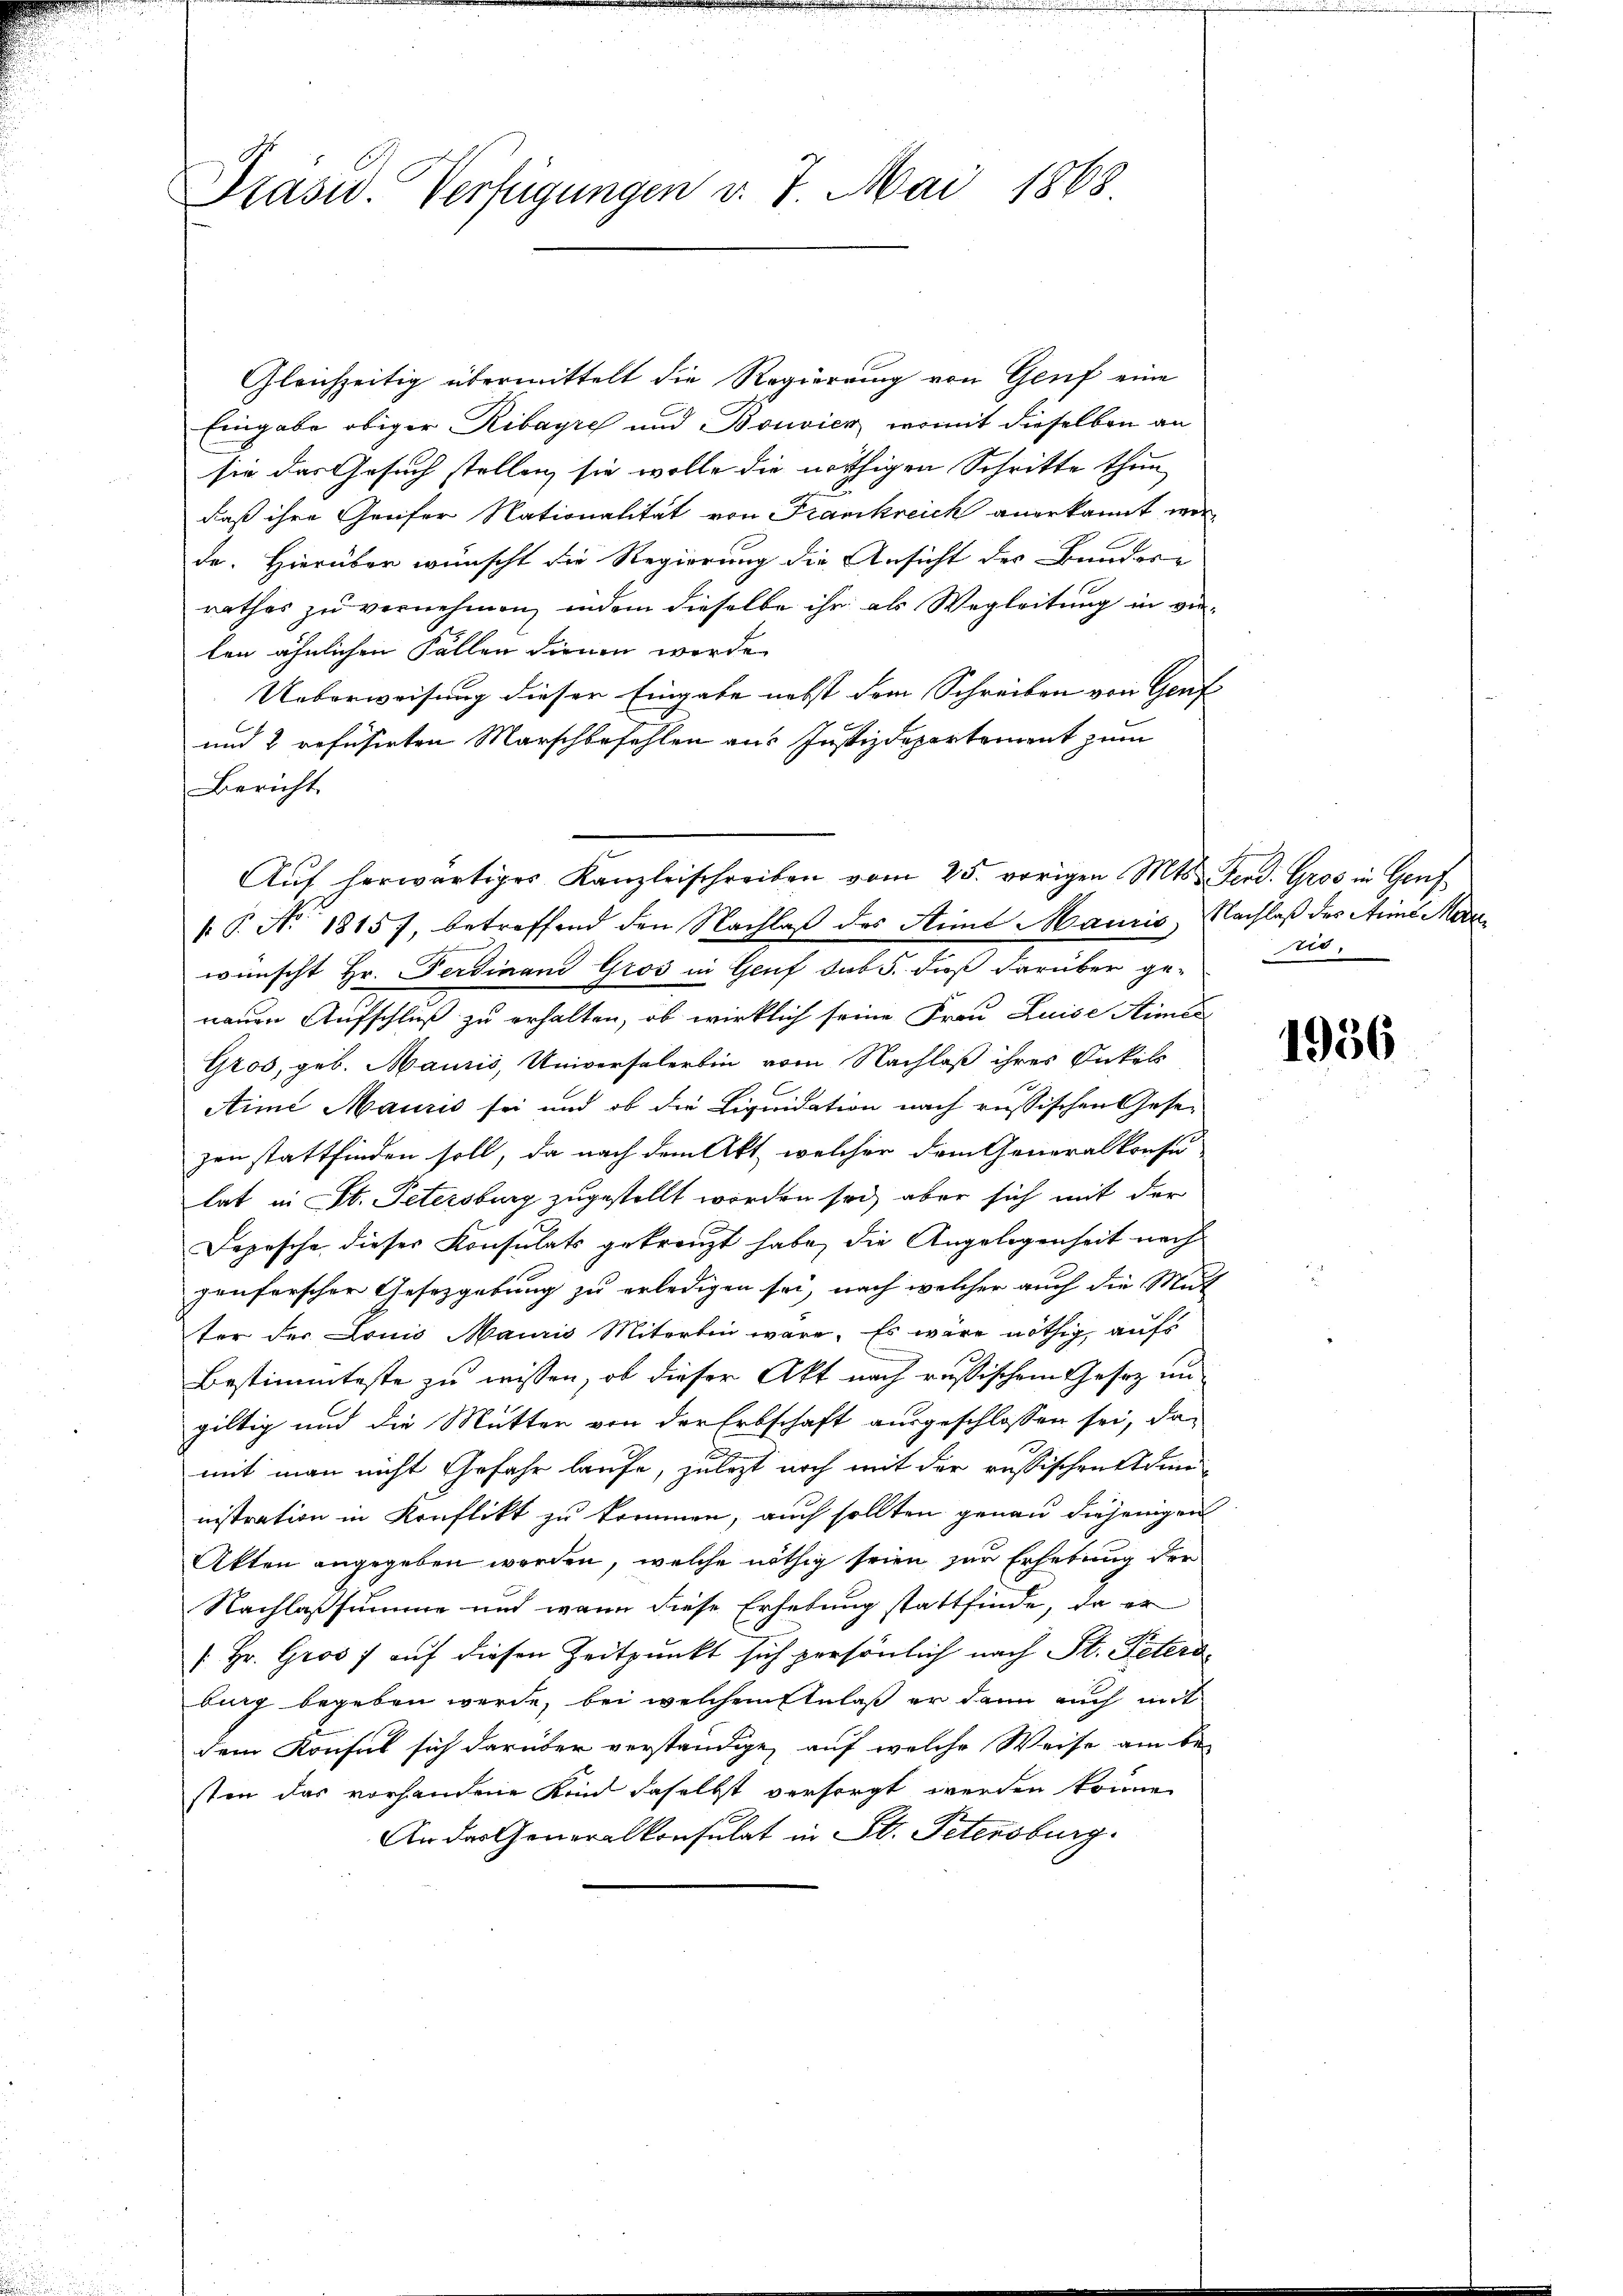
Praswo. Verfügungen v. 7. Mai 1868.

Gleichzeitig übermittelt die Regierung von Genf eine
Eingabe obiger Ribayris und Bouvier, womit dieselben an
sie das Gesuch stellen, sie wolle die nöthigen Schritte thun
daß ihre Greifer Nationalität von Frankreich angekannt worde. Hierüber wünscht die Regierung die Ansicht der Baudere
rathes zu vernehmen, indem dieselbe ihr als Wegleitung in vie-
ten ähnlichen Fällen dienen werde.
Ueberweisung dieser Eingabe nebst dem Schreiben von Genf
und 2 refusirten Marschbefehlen aus Justizdepartement zum
Bericht
Auf herwärtiges Kanzleischreiben vom 25. vorigen Mts. Ferd. Gros in Genf
 P. Nr. 18157, betreffend den Nachlaß des Stime Mauris, Nachlaß des Anna Marewünscht Hr. Ferdinand Gros in Genf sub 5. dieß darüber ge-
neuen Aufschluß zu erhalten, ob wirklich seine Frau Luise Himbe
Gros, geb. Mauris, Universalerbin vom Nachlaß ihrer Onkels
Aime Mauris sei und ob die Liquidation nach russischen Gese
zen stattfinden soll, da nach dem Akt, welcher dem Generalkonsu
lat in St. Petersburg zugestellt worden sei, aber sich mit der
Depesche dieser Konsulats gekränzt habe, die Angelegenheit nach
genferscher Gesetzgebung zu erledigen sei, nach welcher auch die Mut
ter der Louis Mauris Miterben wäre. Es wäre nöthig, aufs
Bestimmteste zu wissen, ob dieser Akt nach russischem Gesez un
gültig und die Mütten von der Erbschaft ausgeschlossen sei, da
.
mit man nicht Gefahr laufe, zulezt noch mit der russischenstein
nistration in Konflikt zu kommen, auch sollten genau diejenigen
Akten angegeben worden, welche nöthig seien zur Erhebung der
Nachlassumme und wann diese Erhebung stattfinde, da er
[Hr. Gros auf diesen Zeitpunkt sich persönlich nach St. Petersburg begeben werde, bei welchem Einlaß er dann auch mit
dem Konsul sich darüber verständige, auf welche Weise am be-
sten das vorhandene Kind daselbst versorgt werden könne,
An das Generalkonsulat in St. Petersburg.

as.

1936